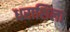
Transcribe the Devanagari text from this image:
धराशिला